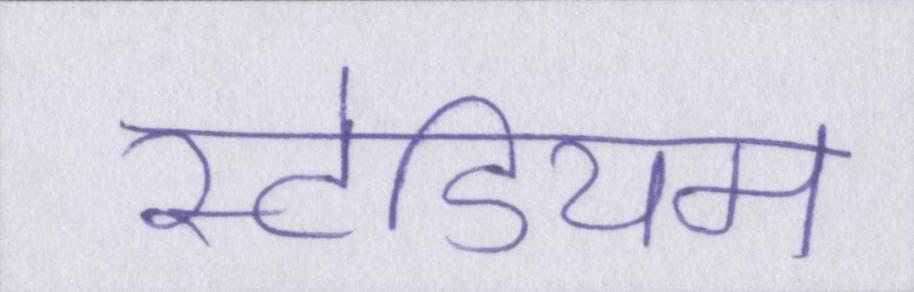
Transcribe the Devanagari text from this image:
स्टेडियम